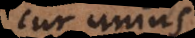
cur unius